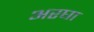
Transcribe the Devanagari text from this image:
अरघा